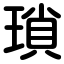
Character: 瑣